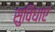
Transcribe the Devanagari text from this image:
सुविधाएं